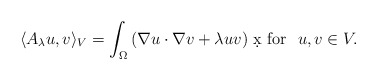
\begin{align*}\langle A_\lambda u,v\rangle_V =\int_\Omega \left(\nabla u\cdot\nabla v + \lambda uv\right)\,\d x\mbox{ for } \ u,v\in V.\end{align*}